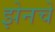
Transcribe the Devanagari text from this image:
झेनचे